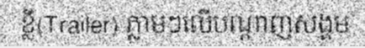
ខ្លី(Trailer) ភ្លាមៗលើបណ្តាញសង្គម